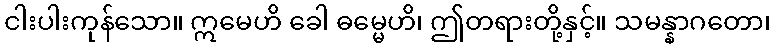
ငါးပါးကုန်သော။ ဣမေဟိ ခေါ ဓမ္မေဟိ၊ ဤတရားတို့နှင့်။ သမန္နာဂတော၊